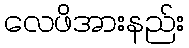
လေဖိအားနည်း